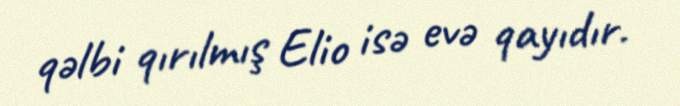
qəlbi qırılmış Elio isə evə qayıdır.